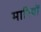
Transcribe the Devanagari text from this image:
मारियों